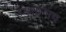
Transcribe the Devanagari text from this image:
उडतानाच